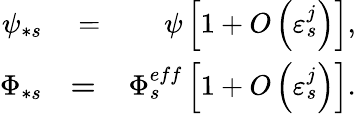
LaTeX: \begin{array}{rlr}{\psi_{\ast s}}&{{}=}&{\psi\left[1+O\left(\varepsilon_{s}^{j}\right)\right],}\\ {\Phi_{\ast s}}&{{}\mathbf{=}}&{\Phi_{s}^{eff}\left[1+O\left(\varepsilon_{s}^{j}\right)\right].}\end{array}